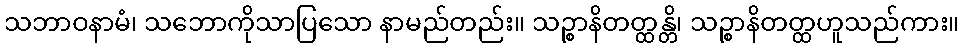
သဘာဝနာမံ၊ သဘောကိုသာပြသော နာမည်တည်း။ သဉ္စာနိတတ္ထန္တိ၊ သဉ္စာနိတတ္ထဟူသည်ကား။